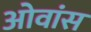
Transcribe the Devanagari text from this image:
ओवांस